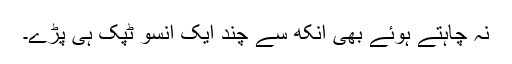
نہ چاہتے ہوئے بھی آنکھ سے چند ایک آنسو ٹپک ہی پڑے۔